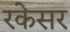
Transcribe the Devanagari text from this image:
रकेसर